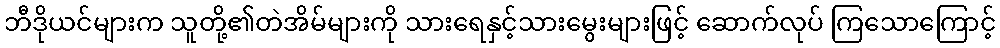
ဘီဒိုယင်များက သူတို့၏တဲအိမ်များကို သားရေနှင့်သားမွေးများဖြင့် ဆောက်လုပ် ကြသောကြောင့်